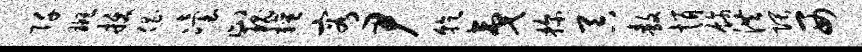
阡斑拔倡冶止瑰擅容尹乾夷探吞敖悄饰洪隈西